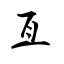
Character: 亙